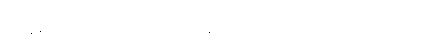
ကျွန်တော်တို့သည် ဆေးရုံဝရန်တာတွင် ခွဲစိတ်ကုသကြသည်။